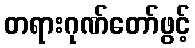
တရားဂုဏ်တော်ဖွင့်